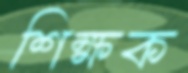
শিক্ষক